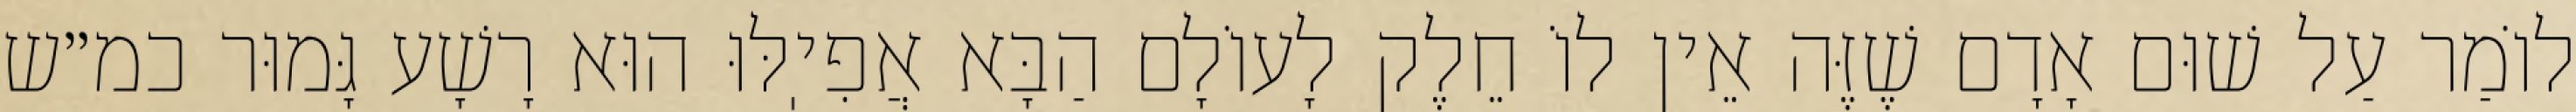
לוֹמַר עַל שׁוּם אָדָם שֶׁזֶּה אֵין לוֹ חֵלֶק לָעוֹלָם הַבָּא אֲפִיֽלּוּ הוּא רָשָׁע גָּמוּר כמ״ש